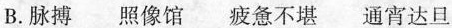
B.脉搏照像馆疲惫不堪通宵达旦